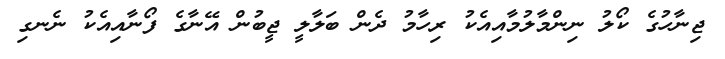
ޖިނާހުގެ ކޯލު ނިންމާލުމާއިއެކު ރިހާމު ދެން ބަލާލީ ޖީބުން އޭނާގެ ފޯނާއިއެކު ނެނގި